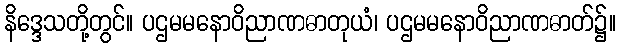
နိဒ္ဒေသတို့တွင်။ ပဌမမနောဝိညာဏဓာတုယံ၊ ပဌမမနောဝိညာဏဓာတ်၌။